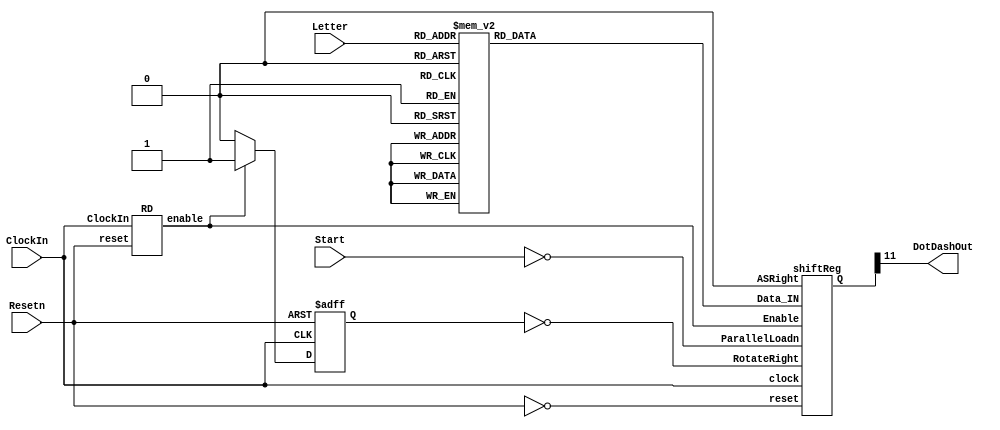
module part3(ClockIn, Resetn, Start, Letter, DotDashOut);
	input [2:0] Letter;
	input Resetn, Start, ClockIn;
	output DotDashOut;
	reg [11:0] let;
	
	always @(*) // declare always block
	begin
	case (Letter[2:0]) // start case statement
		3'b000: let = 12'b010111000000; // case 0
		3'b001: let = 12'b011101010100; // case 1
		3'b010: let = 12'b011101011101; // case 2
		3'b011: let = 12'b011101010000; // case 3
		3'b100: let = 12'b010000000000; // case 4
		3'b101: let = 12'b010101110100; // case 5
		3'b110: let = 12'b011101110100; // case 6
		3'b111: let = 12'b010101010000; // case 7
		default: let = 12'b010111000000; // default display letter "A"
	endcase
	end
	
	wire Enable;
	RD rd1(ClockIn, Enable, Resetn);
	wire [11:0] shiftedOut;
	reg rotateLeft;
	always @(posedge ClockIn, negedge Resetn)
	begin 
		if(Resetn == 1'b0)
			rotateLeft <= 1'b0;
		else if(Enable == 1'b1)
			rotateLeft <= 1'b1;
		else
			rotateLeft <= 1'b0;
	end
	shiftReg shift(ClockIn, ~Resetn, ~Start, ~rotateLeft, 1'b0, let, shiftedOut, Enable);
	assign DotDashOut = shiftedOut[11];

endmodule

module shiftReg(clock, reset, ParallelLoadn, RotateRight, ASRight, Data_IN, Q, Enable);
	input [11:0] Data_IN;
	output [11:0] Q;
	input clock, reset, ParallelLoadn, RotateRight, ASRight, Enable;
	wire Wasr;//for wiring ASRight output
	
	
	
	dff_mx sub11(Data_IN[11], ParallelLoadn, RotateRight, Q[10], Q[11], reset, clock, Q[11]);
	dff_mx sub10(Data_IN[10], ParallelLoadn, RotateRight, Q[9], Q[10], reset, clock, Q[10]);
	dff_mx sub9(Data_IN[9], ParallelLoadn, RotateRight, Q[8], Q[9], reset, clock, Q[9]);
	dff_mx sub8(Data_IN[8], ParallelLoadn, RotateRight, Q[7], Q[8], reset, clock, Q[8]);
	dff_mx sub7(Data_IN[7], ParallelLoadn, RotateRight, Q[6], Q[7], reset, clock, Q[7]);
	dff_mx sub6(Data_IN[6], ParallelLoadn, RotateRight, Q[5], Q[6], reset, clock, Q[6]);
	dff_mx sub5(Data_IN[5], ParallelLoadn, RotateRight, Q[4], Q[5], reset, clock, Q[5]);
	dff_mx sub4(Data_IN[4], ParallelLoadn, RotateRight, Q[3], Q[4], reset, clock, Q[4]);
	dff_mx sub3(Data_IN[3], ParallelLoadn, RotateRight, Q[2], Q[3], reset, clock, Q[3]);
	dff_mx sub2(Data_IN[2], ParallelLoadn, RotateRight, Q[1], Q[2], reset, clock, Q[2]);
	dff_mx sub1(Data_IN[1], ParallelLoadn, RotateRight, Q[0], Q[1], reset, clock, Q[1]);
	dff_mx sub0(Data_IN[0], ParallelLoadn, RotateRight, Q[11], Q[0], reset, clock, Q[0]);
	

endmodule


module dff_mx(D, loadn, LoadLeft, right, left, resetn, clk, Q);
	input D, loadn, LoadLeft, right, left, resetn, clk;
	output Q;
	wire w1, w2; 
	
	mux2to1 M1(right, left, LoadLeft, w1);
	mux2to1 M2(D, w1,loadn, w2);
	dff ff0(w2, clk, resetn, Q);
	
	

endmodule


module dff(d, clk, resetn, q); 
	input d,clk,resetn;
	output reg q;
	always @(posedge clk, negedge resetn)
		begin
			if(resetn == 1'b1)
				q <= 0;
			else
				q <= d;
		end
endmodule 

module mux2to1(x, y, s, m);
    input x; 
    input y; 
    input s; 
    output m; 
  
    
    assign m = s ? y : x;

endmodule

module RD(ClockIn, enable, reset); 
	input ClockIn, reset;
	output reg enable;
	reg [10:0]countDown;
	always @(posedge ClockIn, negedge reset)
	begin
		if(reset == 1'b0)
			begin enable <= 1'b0; countDown <= 11'b00011111001; end
		else if(enable == 1'b1)
			begin enable <= ~enable; countDown <= 11'b00011111001; end 
		else if(countDown == 11'b00000000001)
			enable <= 1'b1;
		else 
			countDown <= countDown-1;
	end
endmodule